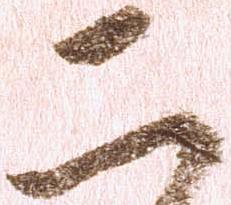
二